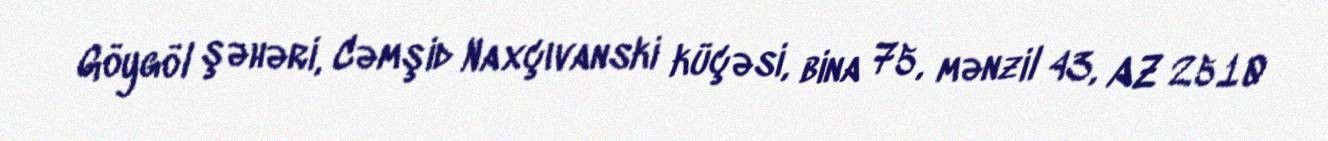
Göygöl şəhəri, Cəmşid Naxçıvanski küçəsi, bina 75, mənzil 43, AZ 2510